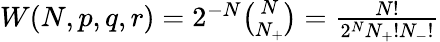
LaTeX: \begin{array}{r}{W(N,p,q,r)=2^{-N}\binom{N}{N_{+}}=\frac{N!}{2^{N}N_{+}!N_{-}!}}\end{array}